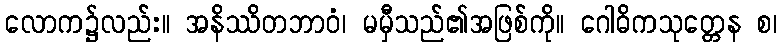
လောက၌လည်း။ အနိဿိတဘာဝံ၊ မမှီသည်၏အဖြစ်ကို။ ဂေါဓိကသုတ္တေန စ၊